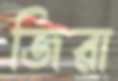
জিরা